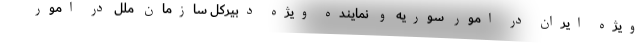
ویژه ایران در امور سوریه و نماینده ویژه دبیرکل سازمان ملل در امور